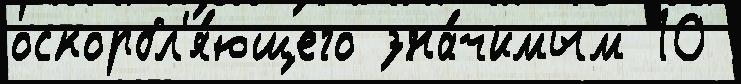
оскорбл'я́ющего зна́чимым 10